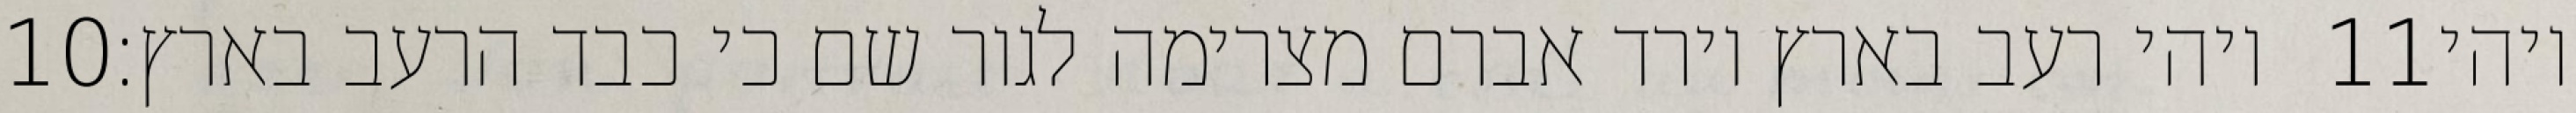
‎10‏ ויהי רעב בארץ וירד אברם מצרימה לגור שם כי כבד הרעב בארץ׃ ‎11‏ ויהי